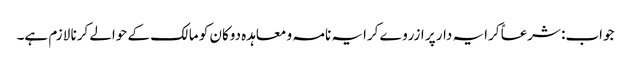
جواب: شرعاً کرایہ دار پر ازروے کرایہ نامہ و معاہدہ دوکان کو مالک کے حوالے کرنا لازم ہے۔